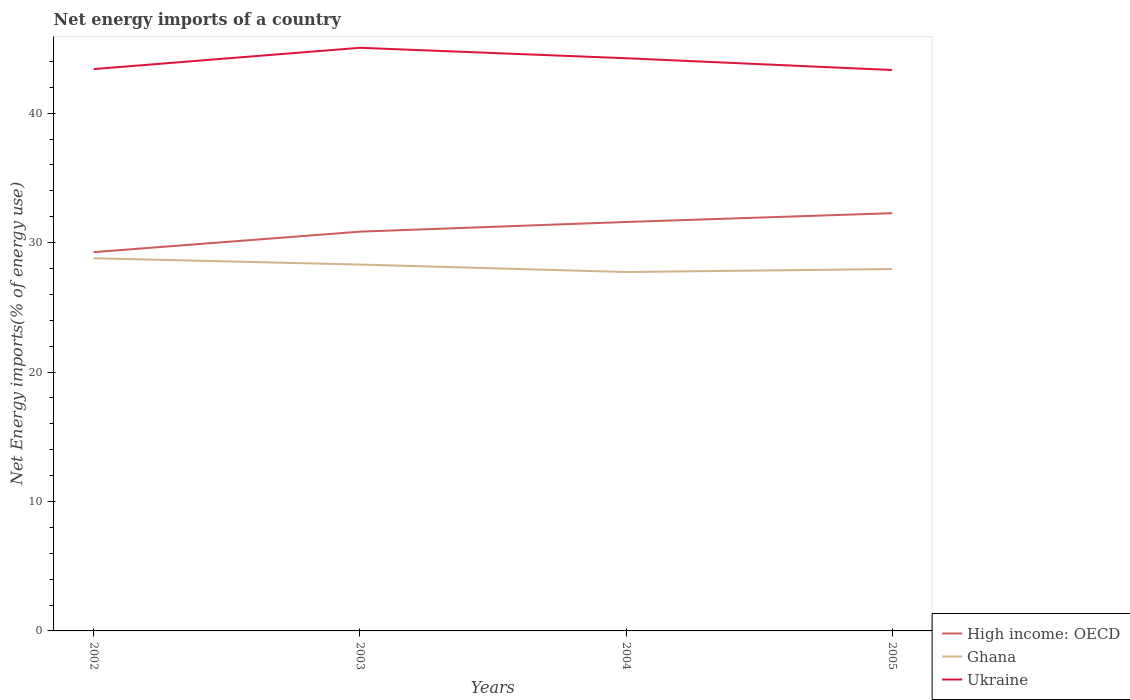
| Years | High income: OECD | Ghana | Ukraine |
 | --- | --- | --- | --- |
 | 2002 | 29.3 | 28.8 | 43.4 |
 | 2003 | 30.8 | 28.3 | 45 |
 | 2004 | 31.6 | 27.7 | 44.2 |
 | 2005 | 32.3 | 28 | 43.3 |